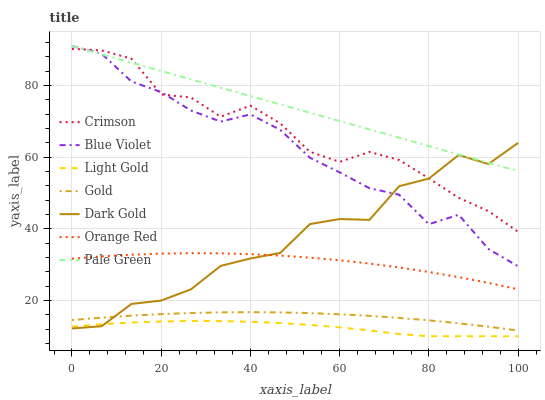
| xaxis_label | Crimson | Blue Violet | Light Gold | Gold | Dark Gold | Orange Red | Pale Green |
 | --- | --- | --- | --- | --- | --- | --- | --- |
 | 0 | 90.2 | 91 | 12.7 | 14.5 | 12.2 | 31.7 | 91 |
 | 6.67 | 89.8 | 88.9 | 13.3 | 15.2 | 12.8 | 32.3 | 88.7 |
 | 13.3 | 87.5 | 81.1 | 13.8 | 15.8 | 19 | 32.8 | 86.3 |
 | 20 | 77.5 | 78.1 | 14.1 | 16.2 | 20 | 33.1 | 84 |
 | 26.7 | 76.6 | 73 | 14.3 | 16.5 | 23.1 | 33.2 | 81.7 |
 | 33.3 | 71.3 | 69.9 | 14.2 | 16.7 | 29.6 | 33.1 | 79.4 |
 | 40 | 74.4 | 71.9 | 14 | 16.7 | 31.7 | 32.9 | 77 |
 | 46.7 | 69.4 | 67.6 | 13.7 | 16.7 | 33.2 | 32.5 | 74.7 |
 | 53.3 | 61.5 | 59.8 | 13.2 | 16.5 | 41.3 | 31.9 | 72.4 |
 | 60 | 58.7 | 55.7 | 12.5 | 16.1 | 42.7 | 31.2 | 70 |
 | 66.7 | 61.4 | 51.3 | 11.6 | 15.7 | 42.5 | 30.3 | 67.7 |
 | 73.3 | 59.2 | 49.5 | 10.6 | 15.1 | 51.9 | 29.2 | 65.4 |
 | 80 | 54 | 41.3 | 10 | 14.4 | 54 | 27.9 | 63.1 |
 | 86.7 | 48.6 | 43.9 | 10 | 13.6 | 60.6 | 26.5 | 60.7 |
 | 93.3 | 44.9 | 34.4 | 10 | 12.7 | 58.1 | 24.9 | 58.4 |
 | 100 | 39.1 | 29.5 | 10 | 11.6 | 64 | 23.1 | 56.1 |